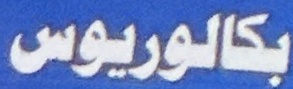
بكارلیوس